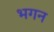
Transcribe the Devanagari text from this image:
भगन